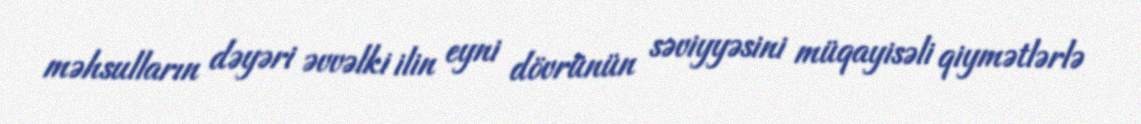
məhsulların dəyəri əvvəlki ilin eyni dövrünün səviyyəsini müqayisəli qiymətlərlə